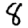
Digit: 8